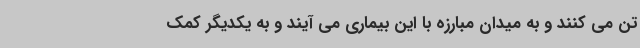
تن می کنند و به میدان مبارزه با این بیماری می آیند و به یکدیگر کمک